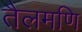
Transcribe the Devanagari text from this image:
तैलमणि